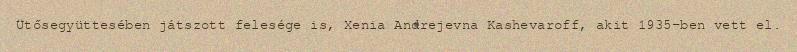
Ütősegyüttesében játszott felesége is, Xenia Andrejevna Kashevaroff, akit 1935-ben vett el.